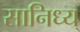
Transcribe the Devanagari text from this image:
सानिध्य्